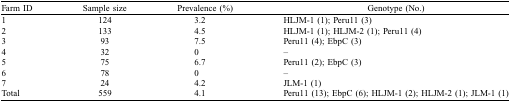
<table><thead><tr><td><b>Farm ID</b></td><td><b>Sample size</b></td><td><b>Prevalence (%)</b></td><td><b>Genotype (No.)</b></td></tr></thead><tbody><tr><td>1</td><td>124</td><td>3.2</td><td>HLJM-1 (1); Peru11 (3)</td></tr><tr><td>2</td><td>133</td><td>4.5</td><td>HLJM-1 (1); HLJM-2 (1); Peru11 (4)</td></tr><tr><td>3</td><td>93</td><td>7.5 </td><td>Peru11 (4); EbpC (3)</td></tr><tr><td>4</td><td>32</td><td>0</td><td>–</td></tr><tr><td>5</td><td>75</td><td>6.7 </td><td>Peru11 (2); EbpC (3)</td></tr><tr><td>6</td><td>78</td><td>0</td><td>–</td></tr><tr><td>7</td><td>24</td><td>4.2</td><td>JLM-1 (1)</td></tr><tr><td>Total</td><td>559</td><td>4.1</td><td>Peru11 (13); EbpC (6); HLJM-1 (2); HLJM-2 (1); JLM-1 (1)</td></tr></tbody></table>